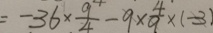
= - 3 6 \times \frac { 9 } { 4 } - 9 \times \frac { 4 } { 9 } \times ( - 3 )